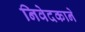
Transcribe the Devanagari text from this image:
निवेदकाने